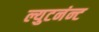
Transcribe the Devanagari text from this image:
ल्युटनंन्ट